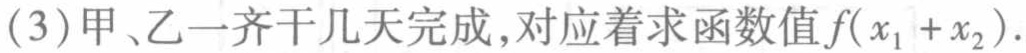
(3)甲、乙一齐干几天完成，对应着求函数值\(f(x_{1}+x_{2})\).